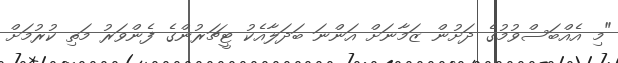
"މި އެއްބަސްވުމުގެ ދަށުން ޒަމާނަށް އަންނަ ބަދަލާއެކު ޓީޗަރުންގެ ފެންވަރު މަތި ކުރުމަށް